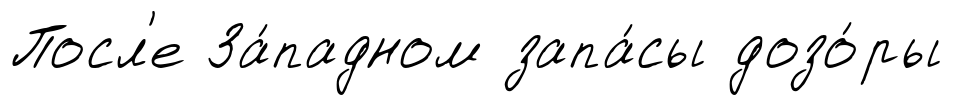
Посл'е За́падном запа́сы дозо́ры